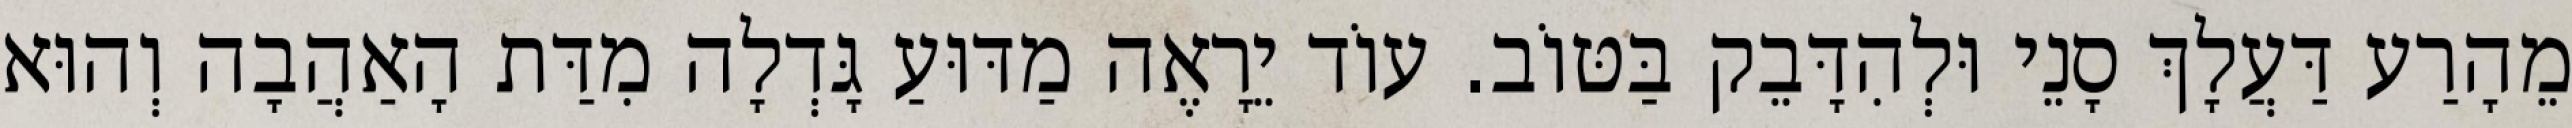
מֵהָרַע דַּעֲלָךְ סָנֵי וּלְהִדָּבֵק בַּטּוֹב. עוֹד יֵרָאֶה מַדּוּעַ גָּדְלָה מִדַּת הָאַהֲבָה וְהוּא